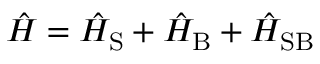
\hat { H } = \hat { H } _ { \mathrm { S } } + \hat { H } _ { \mathrm { B } } + \hat { H } _ { \mathrm { S B } }